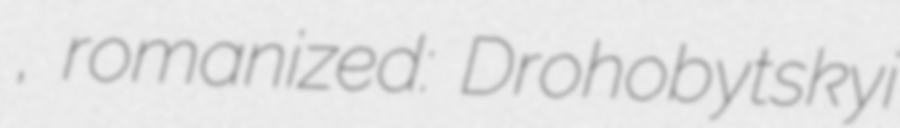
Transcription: коледж, romanized: Drohobytskyi